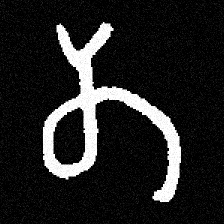
Pyu character \u2014 Myanmar letter: တ (romanized: ta)